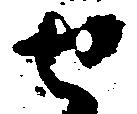
せ